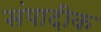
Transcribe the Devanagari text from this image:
संपादीक